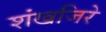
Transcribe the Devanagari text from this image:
शंखजिरे